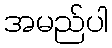
အမည်ပါ